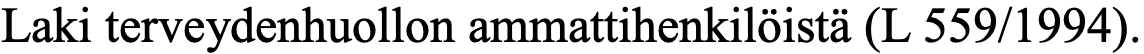
Laki terveydenhuollon ammattihenkilöistä (L 559/1994).